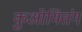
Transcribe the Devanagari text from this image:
कुओमितंग